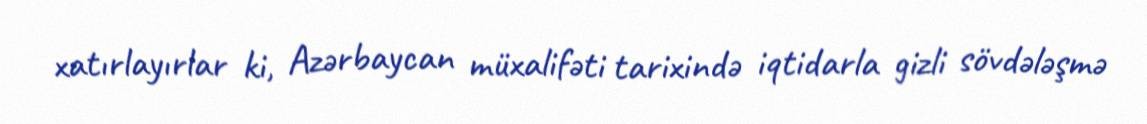
xatırlayırlar ki, Azərbaycan müxalifəti tarixində iqtidarla gizli sövdələşmə